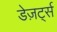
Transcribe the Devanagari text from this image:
डेज़र्ट्स